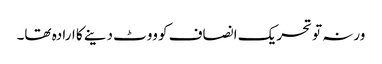
ورنہ تو تحریک انصاف کو ووٹ دینے کا ارادہ تھا۔